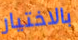
بالاختيار